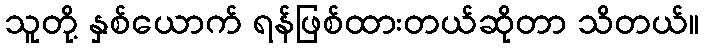
သူတို့ နှစ်ယောက် ရန်ဖြစ်ထားတယ်ဆိုတာ သိတယ်။